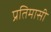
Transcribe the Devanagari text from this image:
प्रतिमासी